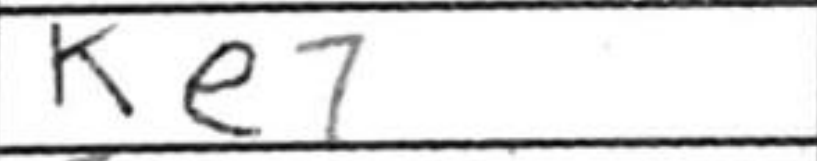
Transcription: Ke7